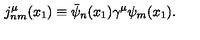
j _ { n m } ^ { \mu } ( x _ { 1 } ) \equiv \bar { \psi } _ { n } ( x _ { 1 } ) { \gamma } ^ { \mu } { \psi } _ { m } ( x _ { 1 } ) .